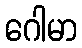
ဂေါမာ